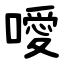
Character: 噯